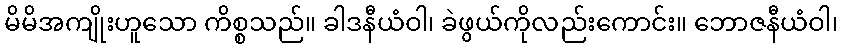
မိမိအကျိုးဟူသော ကိစ္စသည်။ ခါဒနီယံဝါ၊ ခဲဖွယ်ကိုလည်းကောင်း။ ဘောဇနီယံဝါ၊